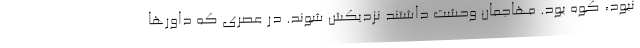
نبود، کوه بود. مهاجمان وحشت داشتند نزدیکش شوند. در عصری که داورها